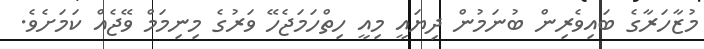
މުޒާހަރާގެ ބައިވެރިން ބުނަމުން ދިޔައީ މިއީ ހިތްހަމަޖެހޭ ވަރުގެ މިނިމަމް ވޭޖެއް ކަމަށެވެ.